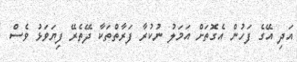
އަދި އޭގެ ފަހުން އެގޮތަށް އަމަލު ނުކުރާ ފަރާތްތަކާ ދޭތެރޭ ފިޔަވަޅު ވެސް